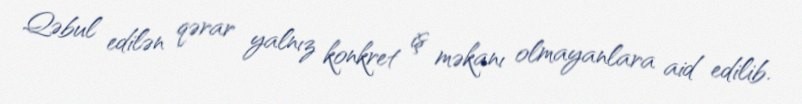
Qəbul edilən qərar yalnız konkret iş məkanı olmayanlara aid edilib.